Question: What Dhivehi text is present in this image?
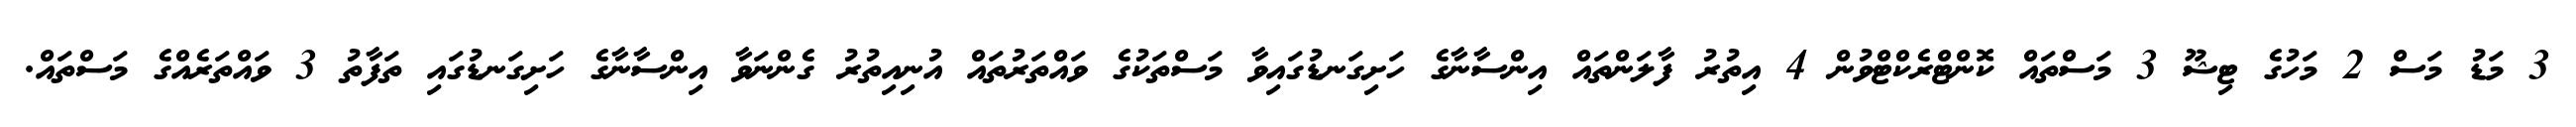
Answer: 3 މަޑު މަސް 2 މަހުގެ ޓިޝޫ 3 މަސްތައް ކޮންޓްރެކްޓްވުން 4 އިތުރު ފާލަންތައް އިންސާނާގެ ހަށިގަނޑުގައިވާ މަސްތަކުގެ ވައްތަރުތައް އުނިއިތުރު ގެންނަވާ އިންސާނާގެ ހަށިގަނޑުގައި ތަފާތު 3 ވައްތަރެއްގެ މަސްތައް.